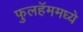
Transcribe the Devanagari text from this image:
फुलहॅममध्ये